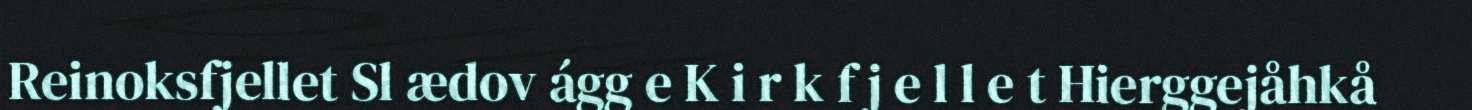
Reinoksfjellet Sl ædov ágg e K i r k f j e l l e t Hierggejåhkå